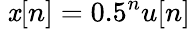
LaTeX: \ \mathit{x}[n]=0.5^{n}u[n]